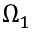
\Omega _ { 1 }